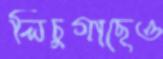
লিচুগাছেও